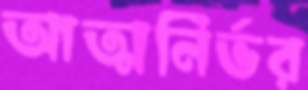
আত্মনির্ভর